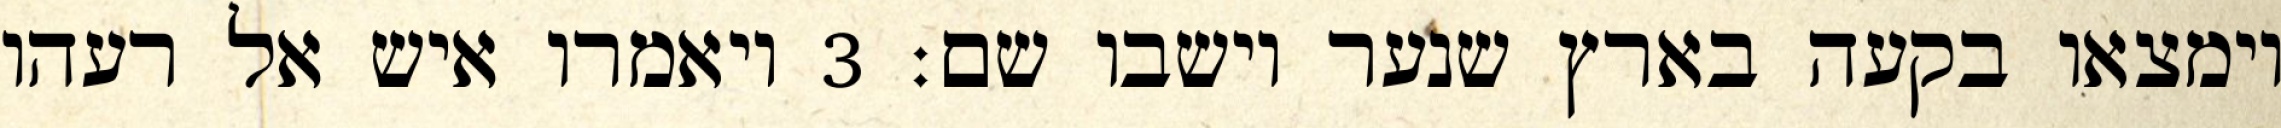
וימצאו בקעה בארץ שנער וישבו שם׃ ‎3‏ ויאמרו איש אל רעהו